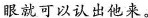
眼就可以认出他来。